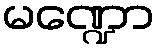
မဏ္ဍော